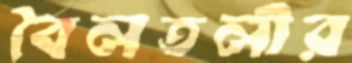
বৈলতলীর